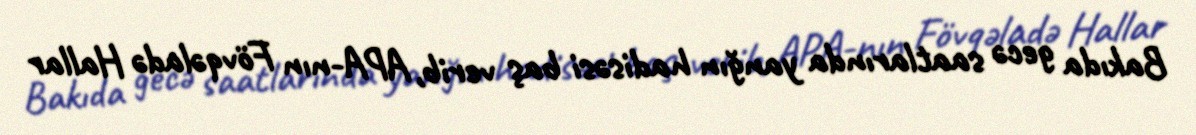
Bakıda gecə saatlarında yanğın hadisəsi baş verib, APA-nın Fövqəladə Hallar